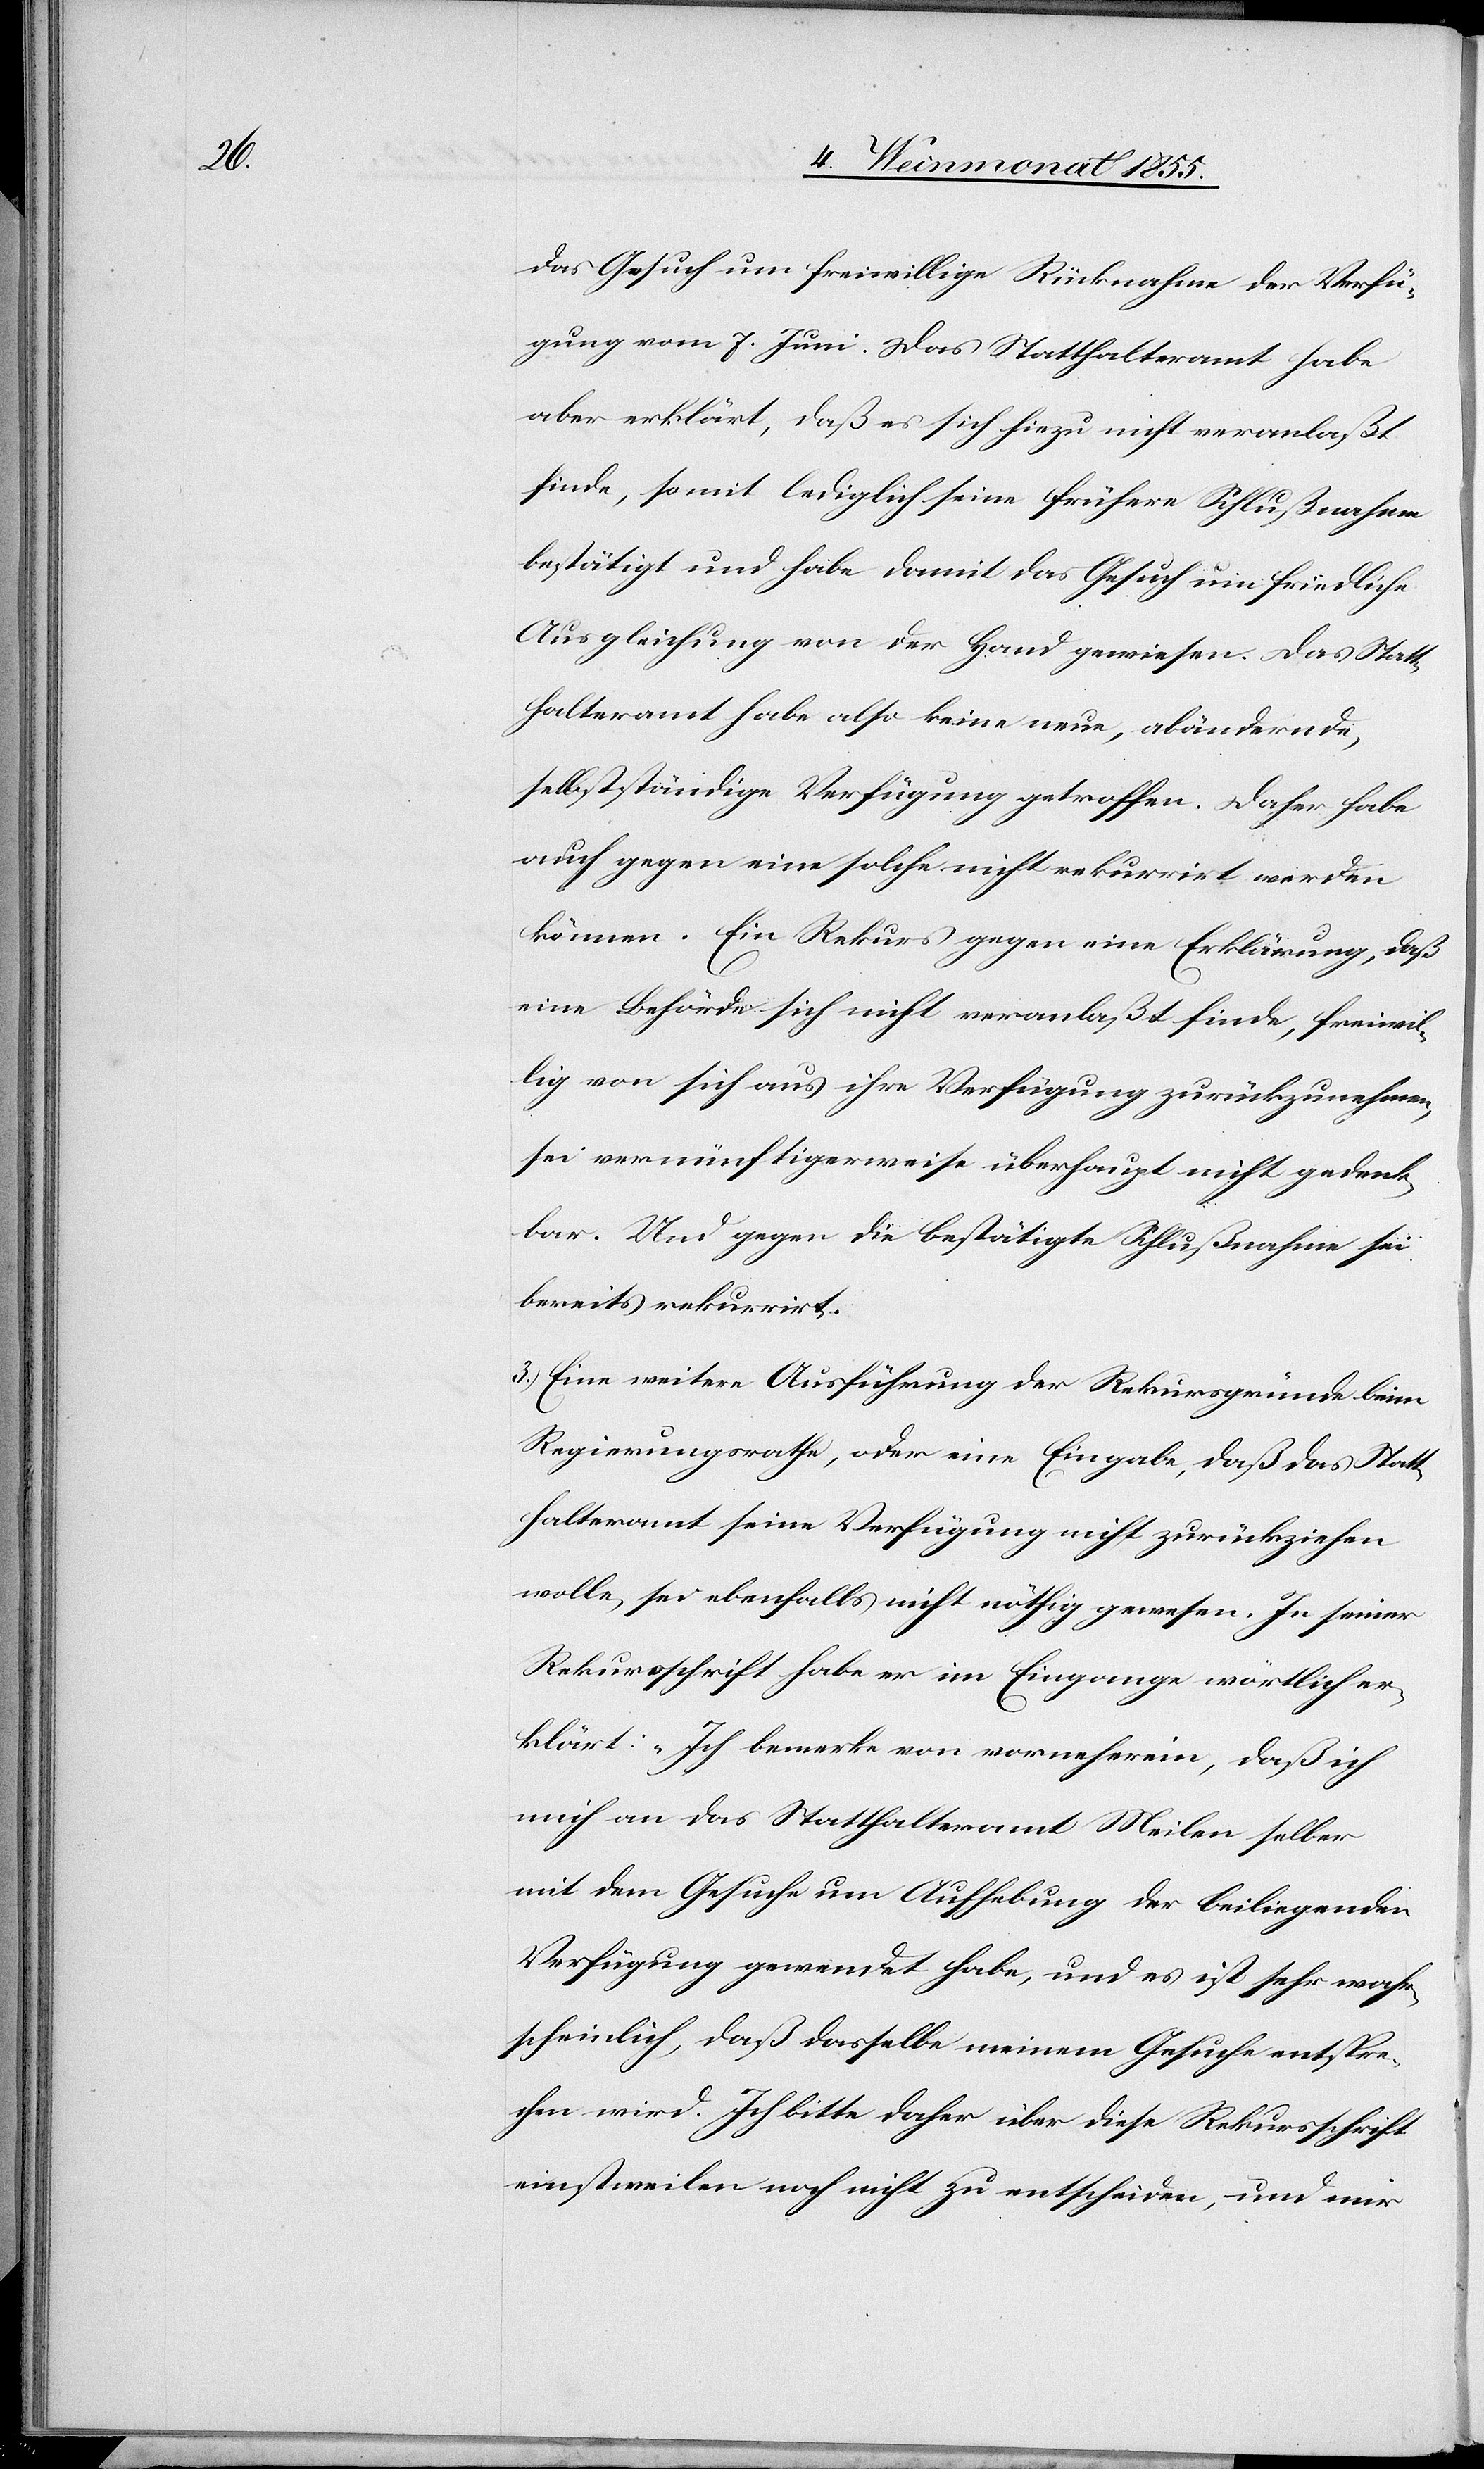
das Gesuch um freiwillige Rücknahme der Verfü¬
gung vom 7. Juni. Das Statthalteramt habe
aber erklärt, daß es sich hiezu nicht veranlaßt
finde, somit lediglich seine frühere Schlußnahme
bestätigt und habe damit das Gesuch um friedliche
Ausgleichung von der Hand gewiesen. Das Statt¬
halteramt habe also keine neue, abändernde,
selbstständige Verfügung getroffen. Daher habe
auch gegen eine solche nicht rekurrirt werden
können. Ein Rekurs gegen eine Erklärung, daß
eine Behörde sich nicht veranlaßt finde, freiwil¬
lig von sich aus ihre Verfügung zurückzunehmen,
sei vernünftigerweise überhaupt nicht gedenk¬
bar. Und gegen die bestätigte Schlußnahme sei
bereits rekurrirt.
3.) Eine weitere Ausführung der Rekursgründe beim
Regierungsrathe, oder eine Eingabe, daß das Statt¬
halteramt seine Verfügung nicht zurückziehen
wolle, sei ebenfalls nicht nöthig gewesen. In seiner
Rekursschrift habe er im Eingange wörtlich er¬
klärt: „Ich bemerke von vorneherein, daß ich
mich an das Statthalteramt Meilen selber
mit dem Gesuche um Aufhebung der beiliegenden
Verfügung gewendet habe, und es ist sehr wahr¬
scheinlich, daß dasselbe meinem Gesuche entspre¬
chen wird. Ich bitte daher über diese Rekursschrift
einstweilen noch nicht zu entscheiden, und mir